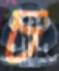
চ